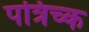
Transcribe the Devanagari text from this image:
पत्रिच्क